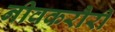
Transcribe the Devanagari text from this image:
नीवकरौरी